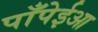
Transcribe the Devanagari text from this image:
पाँपेईआ